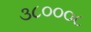
૩૮૦૦૦૮